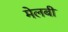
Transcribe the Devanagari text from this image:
मेलबी